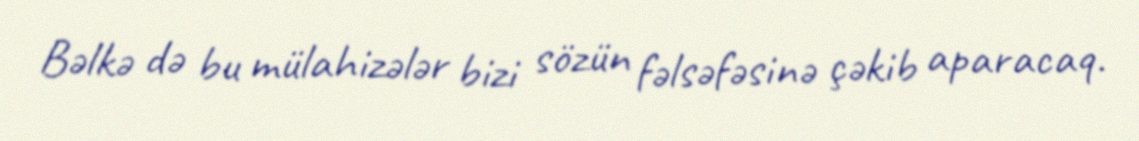
Bəlkə də bu mülahizələr bizi sözün fəlsəfəsinə çəkib aparacaq.